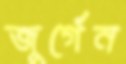
জুর্গেন